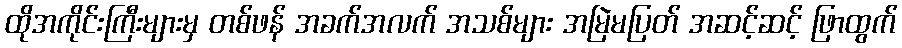
ထိုအကိုင်းကြီးများမှ တစ်ဖန် အခက်အလက် အသစ်များ အမြဲမပြတ် အဆင့်ဆင့် ဖြာထွက်